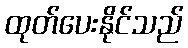
ထုတ်ပေးနိုင်သည်